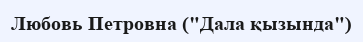
Любовь Петровна ("Дала қызында")